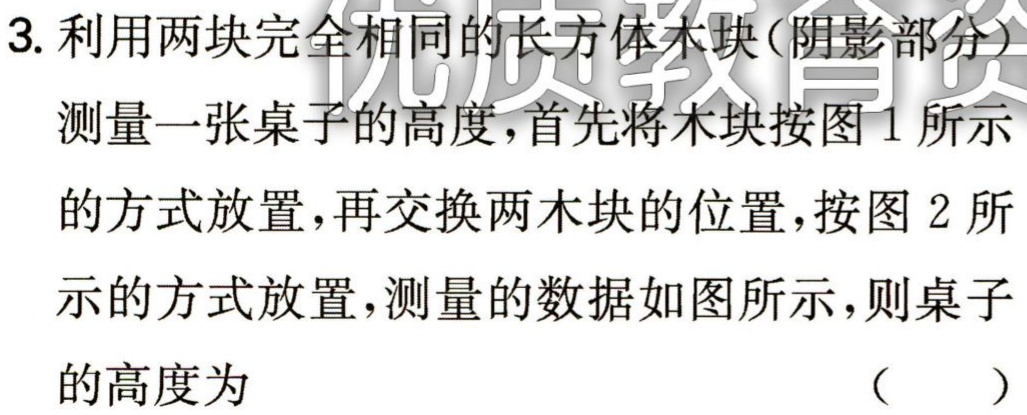
3. 利用两块完全相同的长方体木块（阴影部分）
测量一张桌子的高度，首先将木块按图1所示
的方式放置，再交换两木块的位置，按图2所
示的方式放置，测量的数据如图所示，则桌子
的高度为 （ ）